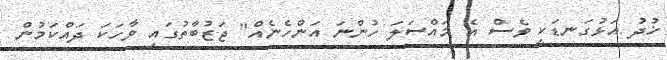
ޚުދު އަޅުގަނޑަކީ ވެސް އެ މައްސަލަ ހުންނަ އަންހެނެއް" ޖަޒުބާތުގައި ވާހަކަ ދައްކަމުން